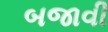
બજાવી